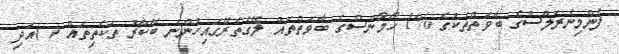
ފެންމިނެރަލްސްގެ ބާވަތްތަކުގެ %1 ހޯމޯންސްގެ ބާވަތްތައް ލޭގެތެރޭގައިހުންނަ ބޭކާރު ތަކެތިތައް ( )އަދި